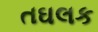
તઘલક